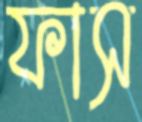
ফাস